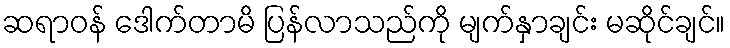
ဆရာဝန် ဒေါက်တာမိ ပြန်လာသည်ကို မျက်နှာချင်း မဆိုင်ချင်။